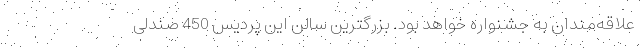
علاقه‌مندان به جشنواره خواهد بود. بزرگترین سالن این پردیس 450 صندلی